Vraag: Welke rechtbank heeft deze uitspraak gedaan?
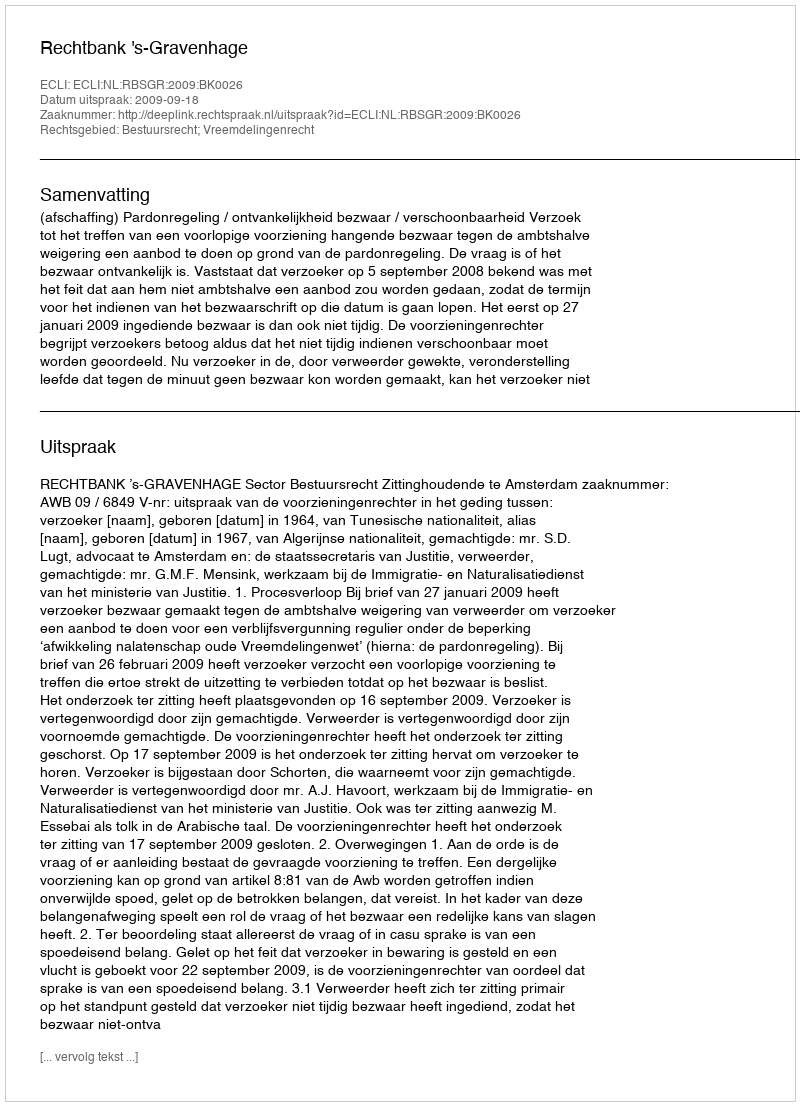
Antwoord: Rechtbank 's-Gravenhage